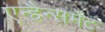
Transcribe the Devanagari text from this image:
एन्हैन्समेंट